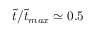
\tilde { t } / \tilde { t } _ { m a x } \simeq 0 . 5